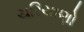
ચરિયાણો